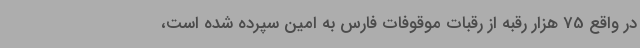
در واقع 75 هزار رقبه از رقبات موقوفات فارس به امین سپرده شده است،